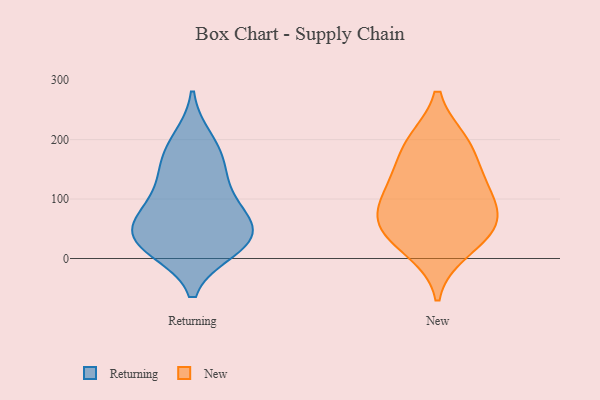
{"axis": {"x": "Conversion Rate (%)", "y": "Value"}, "legend": ["New", "Returning"], "data": [{"x": "", "y": 84, "type": "Returning"}, {"x": "", "y": 25, "type": "Returning"}, {"x": "", "y": 43, "type": "Returning"}, {"x": "", "y": 70, "type": "Returning"}, {"x": "", "y": 111, "type": "Returning"}, {"x": "", "y": 36, "type": "Returning"}, {"x": "", "y": 35, "type": "Returning"}, {"x": "", "y": 170, "type": "Returning"}, {"x": "", "y": 18, "type": "Returning"}, {"x": "", "y": 198, "type": "Returning"}, {"x": "", "y": 150, "type": "Returning"}, {"x": "", "y": 74, "type": "New"}, {"x": "", "y": 52, "type": "New"}, {"x": "", "y": 119, "type": "New"}, {"x": "", "y": 195, "type": "New"}, {"x": "", "y": 68, "type": "New"}, {"x": "", "y": 149, "type": "New"}, {"x": "", "y": 196, "type": "New"}, {"x": "", "y": 111, "type": "New"}, {"x": "", "y": 14, "type": "New"}, {"x": "", "y": 41, "type": "New"}]}